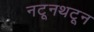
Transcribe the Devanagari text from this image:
नटूनथटून